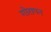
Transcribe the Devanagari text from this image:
गोरापन